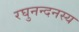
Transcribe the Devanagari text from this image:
रघुनन्दनस्य